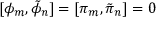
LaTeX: [ \phi _ { m } , \tilde { \phi } _ { n } ] = [ \pi _ { m } , \tilde { \pi } _ { n } ] = 0